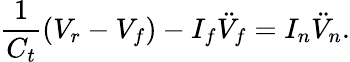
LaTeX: \frac{1}{C_{t}}(V_{r}-V_{f})-I_{f}\ddot{V}_{f}=I_{n}\ddot{V}_{n}.